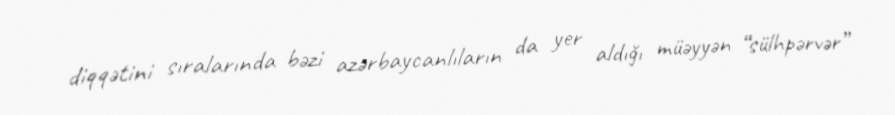
diqqətini sıralarında bəzi azərbaycanlıların da yer aldığı müəyyən “sülhpərvər”